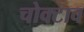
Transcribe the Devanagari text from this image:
चोक्टाव